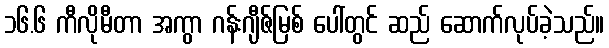
၁၆.၆ ကီလိုမီတာ အကွာ ဂန်းဂျီဇ်မြစ် ပေါ်တွင် ဆည် ဆောက်လုပ်ခဲ့သည်။